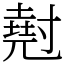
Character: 𡭄